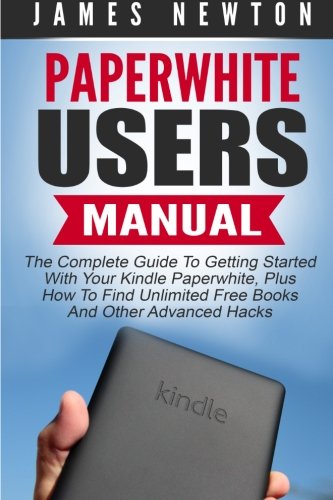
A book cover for Paperwhite Users Manual: The Complete Guide To Getting Started With Your Kindle Paperwhite, Plus How To Find Unlimited Free Books And Other Advanced Hacks (Paperwhite Tablet, Paperwhite Manual); James Newton; Computers & Technology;